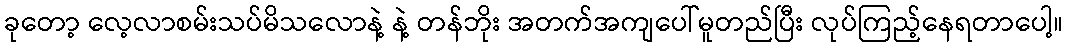
ခုတော့ လေ့လာစမ်းသပ်မိသလောနဲ့ နဲ့ တန်ဘိုး အတက်အကျပေါ်မူတည်ပြီး လုပ်ကြည့်နေရတာပေါ့။